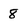
Character: 8